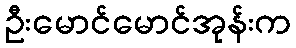
ဦးမောင်မောင်အုန်းက